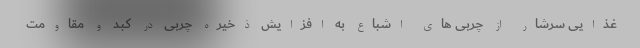
غذایی سرشار از چربی های اشباع به افزایش ذخیره چربی در کبد و مقاومت